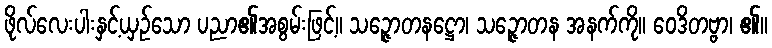
ဖိုလ်လေးပါးနှင့်ယှဉ်သော ပညာ၏အစွမ်းဖြင့်။ သဉ္ဇောတနဋ္ဌော၊ သဉ္ဇောတန အနက်ကို။ ဝေဒိတဗ္ဗာ၊ ၏။